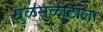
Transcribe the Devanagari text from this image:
सुळसुळाटाला